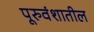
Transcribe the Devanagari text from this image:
पूरुवंशातील